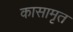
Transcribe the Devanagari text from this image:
कासामृत